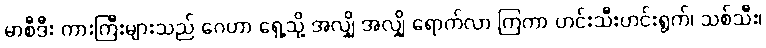
မာစီဒီး ကားကြီးများသည် ဂေဟာ ရှေ့သို့ အလျှို အလျှို ရောက်လာ ကြကာ ဟင်းသီးဟင်းရွက်၊ သစ်သီး၊